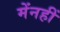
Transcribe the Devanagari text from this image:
मेंनहीं